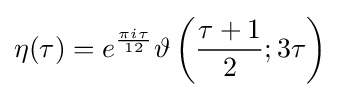
\eta (\tau )=e^{\frac {\pi i\tau }{12}}\vartheta \left({\frac {\tau +1}{2}};3\tau \right)